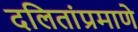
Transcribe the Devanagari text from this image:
दलितांप्रमाणे